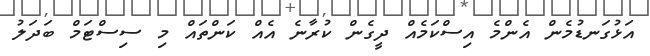
އަޅުގަނޑުމެން އެންމެ އިސްކަމެއް ދީގެން ކުރާނެ އެއް ކަންތައް މި ސިސްޓަމް ބަދަލު